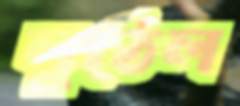
লুঠেল